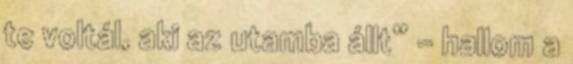
te voltál, aki az utamba állt” – hallom a